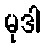
မုဒါ